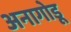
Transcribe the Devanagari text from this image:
अनागोडू